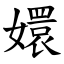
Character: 嬛